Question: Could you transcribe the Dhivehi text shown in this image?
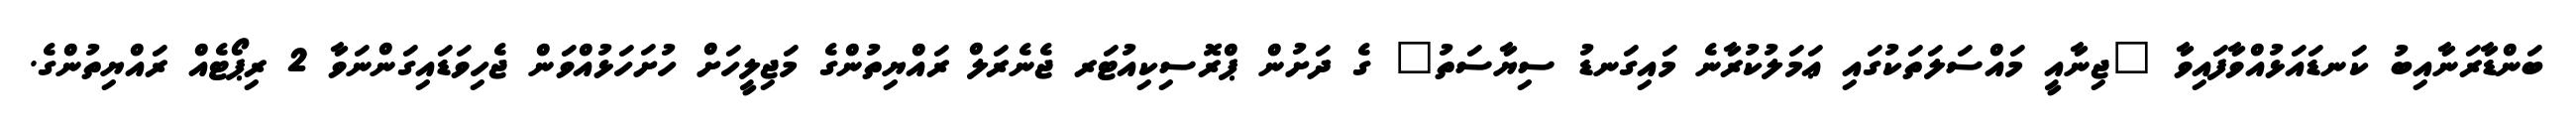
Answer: ބަންޑާރަނާއިބު ކަނޑައަޅުއްވާފައިވާ "ޖިނާއީ މައްސަލަތަކުގައި ޢަމަލުކުރާނެ މައިގަނޑު ސިޔާސަތު" ގެ ދަށުން ޕްރޮސިކިއުޓަރ ޖެނެރަލް ރައްޔިތުންގެ މަޖިލީހަށް ހުށަހަޅުއްވަން ޖެހިވަޑައިގަންނަވާ 2 ރިޕޯޓެއް ރައްޔިތުންގެ.